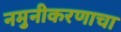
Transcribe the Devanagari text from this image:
नमुनीकरणाचा